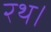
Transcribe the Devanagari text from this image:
रथ।